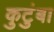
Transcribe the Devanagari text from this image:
कुटुंबा